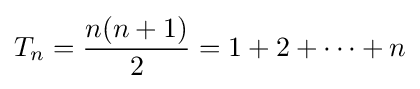
T_{n}={\frac {n(n+1)}{2}}=1+2+\cdots +n